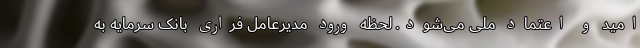
امید و اعتماد ملی می‌شود. لحظه ورود مدیرعامل فراری بانک سرمایه به